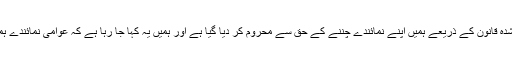
’جمہوری عمل میں عوام اپنے نمائندے خود چنتے ہیں لیکن ترمیم شدہ قانون کے ذریعے ہمیں اپنے نمائندے چننے کے حق سے محروم کر دیا گیا ہے اور ہمیں یہ کہا جا رہا ہے کہ عوامی نمائندے ہمارے نمائندے منتخب کریں گے جو جمہوری عمل کے منافی ہے۔